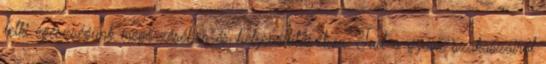
lelki egészségünk megőrzésében és helyreállításában. Tud a gyász szakaszairól